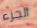
الجزء